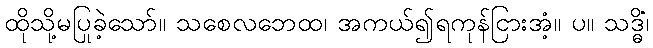
ထိုသို့မပြုခဲ့သော်။ သစေလဘေထ၊ အကယ်၍ရကုန်ငြားအံ့။ ပ။ သဒ္ဓိံ၊